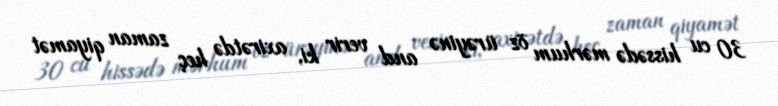
30 cu hissədə mərhum öz ürəyinə and verir ki, axirətdə heç zaman qiyamət